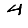
Digit: 4